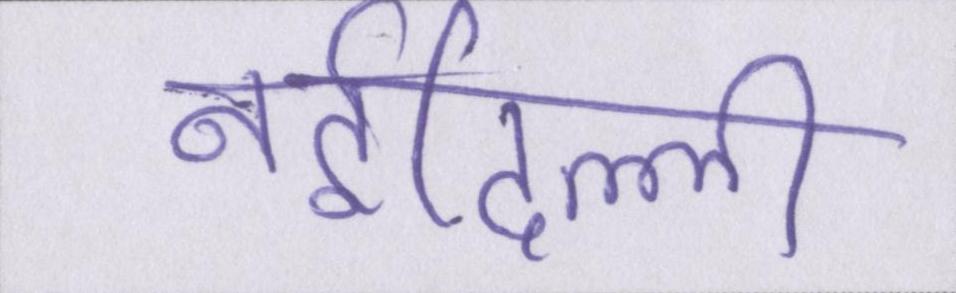
नईदिल्ली